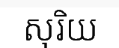
សុរិយ